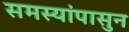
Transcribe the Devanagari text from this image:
समस्यांपासुन